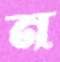
ন